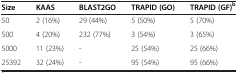
<table><thead><tr><td><b>Size</b></td><td><b>KAAS</b></td><td><b>BLAST2GO</b></td><td><b>TRAPID (GO)</b></td><td><b>TRAPID (GF)<sup>b</sup></b></td></tr></thead><tbody><tr><td>50</td><td>2 (16%)</td><td>29 (44%)</td><td>5 (50%)</td><td>5 (70%)</td></tr><tr><td>500</td><td>4 (20%)</td><td>232 (77%)</td><td>3 (54%)</td><td>3 (65%)</td></tr><tr><td>5000</td><td>11 (23%)</td><td>-</td><td>25 (54%)</td><td>25 (66%)</td></tr><tr><td>25392</td><td>32 (24%)</td><td>-</td><td>95 (54%)</td><td>95 (66%)</td></tr></tbody></table>